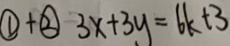
\textcircled { 1 } + \textcircled { 2 } 3 x + 3 y = 6 k + 3